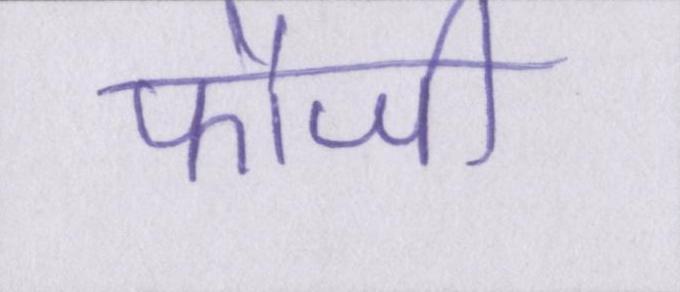
फौजी